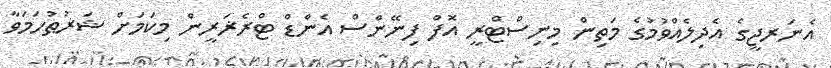
އެނަރޖީގެ އެދިލެއްވުމުގެ މަތިން މިނިސްޓްރީ އޮފް ފިނޭންސް އެންޑް ޓްރެޜަރީން މިކަމަށް ޝަރުޠުހަމަވާ